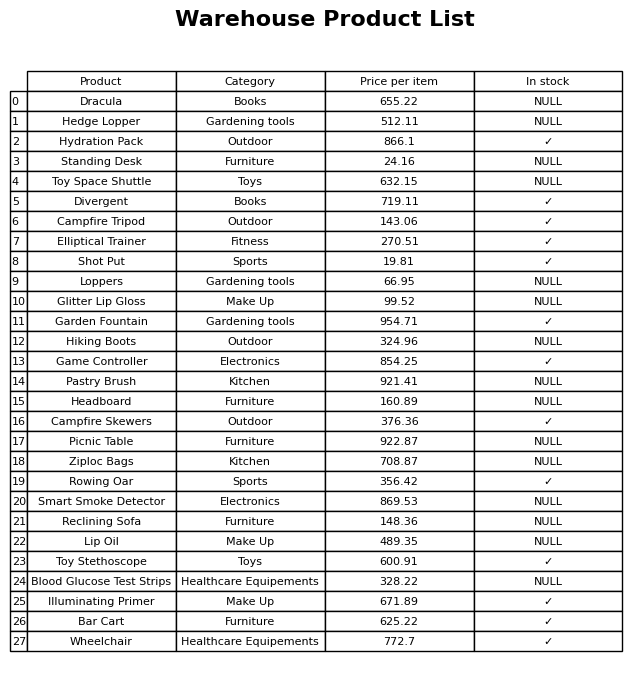
question: What is the price for Wheelchair?
answer: The price of Wheelchair is 772.7.